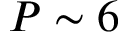
P \sim 6